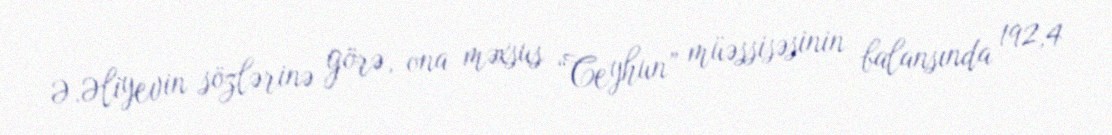
Ə.Əliyevin sözlərinə görə, ona məxsus “Ceyhun” müəssisəsinin balansında 192,4